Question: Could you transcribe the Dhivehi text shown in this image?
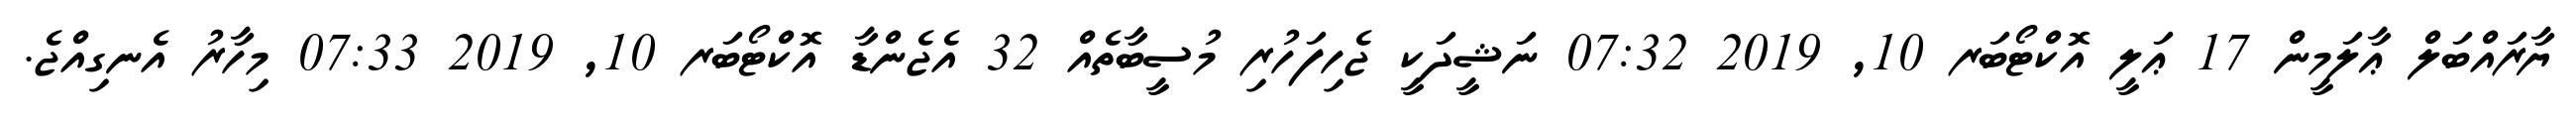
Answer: ޔާރައްބަލް ޢާލަމީން 17 ޢަލީ އޮކްޓޯބަރ 10, 2019 07:32 ނަޝީދަކީ ޖެހިފަހުރި މުސީބާތެއް 32 އެޖެންޑާ އޮކްޓޯބަރ 10, 2019 07:33 މިހާރު އެނގިއްޖެ.